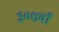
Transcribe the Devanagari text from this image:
३०७वाँ